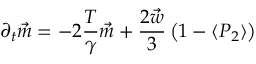
\partial _ { t } \vec { m } = - 2 \frac { T } { \gamma } \vec { m } + \frac { 2 \vec { w } } { 3 } \left( 1 - \langle P _ { 2 } \rangle \right)